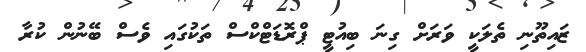
ޒައިތޫނި ތެލަކީ ވަރަށް ގިނަ ބިއުޓީ ޕްރޮޑަޓްކްސް ތަކުގައި ވެސް ބޭނުން ކުރާ